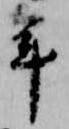
年